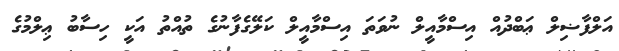
އަލްފާޟިލް ޢަބްދުއް އިސްމާއީލް ނުވަތަ އިސްމާއީލް ކަލޭގެފާނުގެ ތުއްތު އަކީ ހިސާބު ޢިލްމުގެ